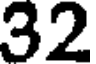
32